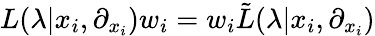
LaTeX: L(\lambda|x_{i},\partial_{x_{i}})w_{i}=w_{i}{\tilde{L}}(\lambda|x_{i},\partial_{x_{i}})